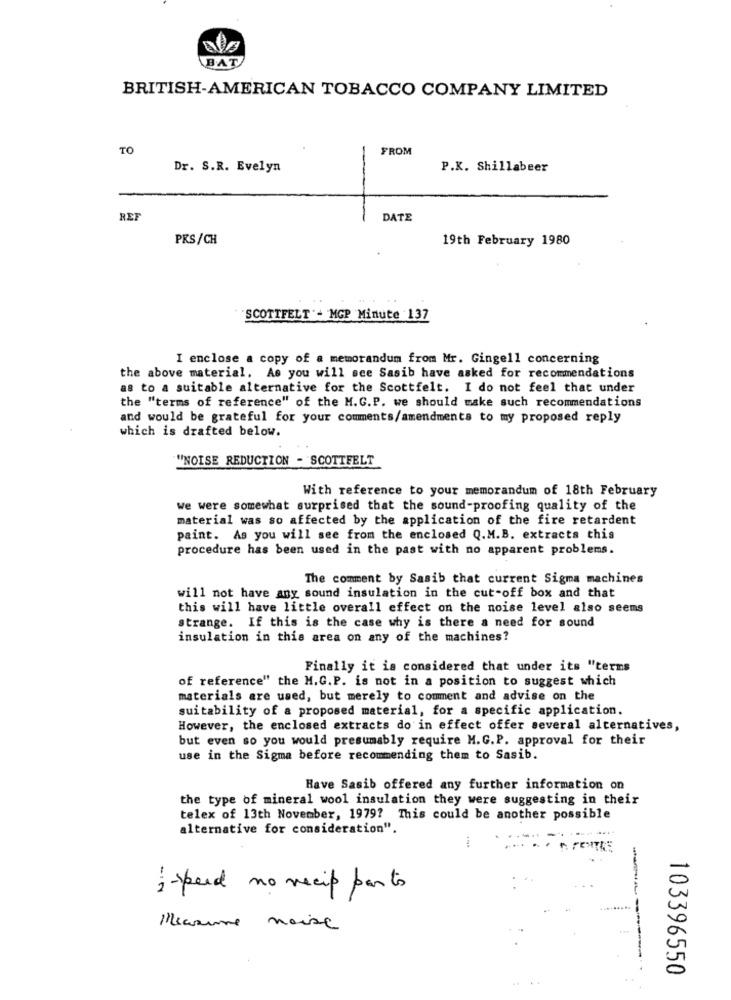
BAT
BRITISH-AMERICAN TOBACCO COMPANY LIMITED
TO
FROM
Dr. S.R. Evelyn
P.K. Shillabeer
REF
DATE
PKS/CH
19th February 1980
"SCOTTFELT"- MGP Minute 137
I enclose a copy of a memorandum from Mr. Gingell concerning
the above material. As you will see Sasib have asked for recommendations
as to a suitable alternative for the Scottfelt. I do not feel that under
the "terms of reference" of the M.G.P. we should make such recommendations
and would be grateful for your comments/amendments to my proposed reply
which is drafted below.
"NOISE REDUCTION - SCOTTFELT
With reference to your memorandum of 18th February
we were somewhat surprised that the sound-proofing quality of the
material was so affected by the application of the fire retardent
paint. As you will see from the enclosed Q.M.B. extracts this
procedure has been used in the past with no apparent problems.
The comment by Sasib that current Sigma machines
will not have any sound insulation in the cut-off box and that
this will have little overall effect on the noise level also seems
strange. If this is the case why is there a need for sound
insulation in this area on any of the machines?
Finally it is considered that under its "terms
of reference" the M.G.P. is not in a position to suggest which
materials are used, but merely to comment and advise on the
suitability of a proposed material, for a specific application.
However, the enclosed extracts do in effect offer several alternatives,
but even so you would presumably require M.G.P. approval for their
use in the Sigma before recommending them to Sasib.
Have Sasib offered any further information on
the type of mineral wool insulation they were suggesting in their
telex of 13th November, 1979? This could be another possible
alternative for consideration".
:- speed no recip parts
----
Measure noise
103396550